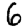
Digit: 6